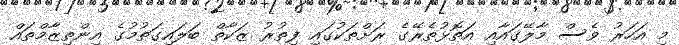
މި އަހަރު ވެސް މާލޭގައާއި އަތޮޅުތެރޭގެ ރަށްތަކުގައި ފިތުރު ޒަކާތް ބަލައިގަތުމުގެ އިންތިޒާމްތައް